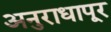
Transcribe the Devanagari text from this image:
अनुराधापूर